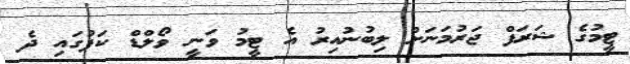
ޓީމުގެ ޝަރަފް ޖަރުމަނަށް ލިބުނުއިރު އެ ޓީމު ވަނީ ވޯލްޑް ކަޕުގައި ދެ